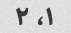
۱، ۲